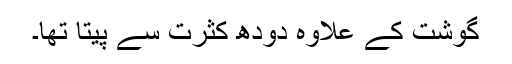
گوشت کے علاوہ دودھ کثرت سے پیتا تھا۔